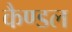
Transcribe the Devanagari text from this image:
कैण्डल